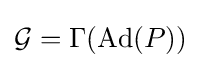
{\mathcal {G}}=\Gamma (\operatorname {Ad} (P))